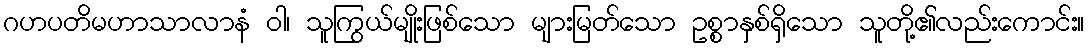
ဂဟပတိမဟာသာလာနံ ဝါ၊ သူကြွယ်မျိုးဖြစ်သော များမြတ်သော ဥစ္စာနှစ်ရှိသော သူတို့၏လည်းကောင်း။